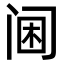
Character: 阃